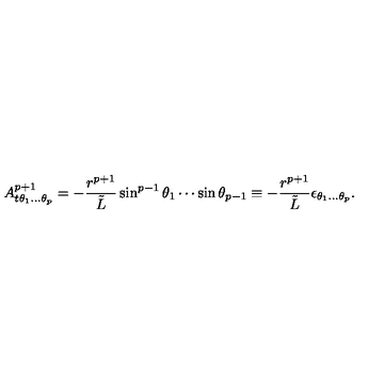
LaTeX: A _ { t \theta _ { 1 } . . . \theta _ { p } } ^ { p + 1 } = - { \frac { r ^ { p + 1 } } { \tilde { L } } } \sin ^ { p - 1 } \theta _ { 1 } \cdots \sin \theta _ { p - 1 } \equiv - { \frac { r ^ { p + 1 } } { \tilde { L } } } \epsilon _ { \theta _ { 1 } . . . \theta _ { p } } .